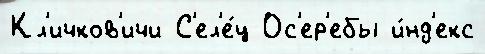
Кл'ичков'ичи С'ел'е́ц Ос'ер'ебы и́нд'екс